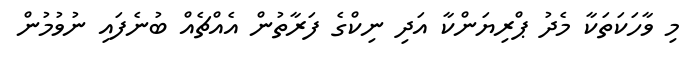
މި ވާހަކަތަކާ މެދު ޕްރިޔަންކާ އަދި ނިކްގެ ފަރާތުން އެއްޗެއް ބުނެފައި ނުވުމުން